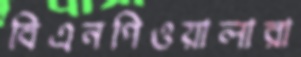
বিএনপিওয়ালারা